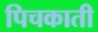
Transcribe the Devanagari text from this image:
पिचकाती